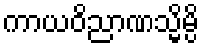
ကာယဝိညာဏသ္မိမ္ပိ